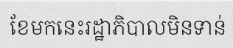
ខែមកនេះរដ្ឋាភិបាលមិនទាន់